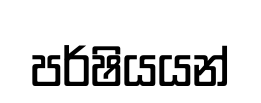
පර්ෂියයන්